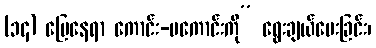
(၁၄) မြေနေရာ ကောင်း-မကောင်းကို” ရွေးချယ်ပေးခြင်း၊